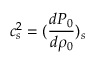
c _ { s } ^ { 2 } = ( \frac { d P _ { 0 } } { d \rho _ { 0 } } ) _ { s }